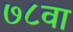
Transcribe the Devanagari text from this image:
७८वा